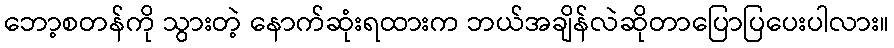
ဘော့စတန်ကို သွားတဲ့ နောက်ဆုံးရထားက ဘယ်အချိန်လဲဆိုတာပြောပြပေးပါလား။